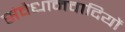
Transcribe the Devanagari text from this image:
संवैधानवादियों